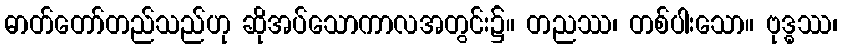
ဓာတ်တော်တည်သည်ဟု ဆိုအပ်သောကာလအတွင်း၌။ တညဿ၊ တစ်ပါးသော။ ဗုဒ္ဓဿ၊